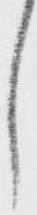
し